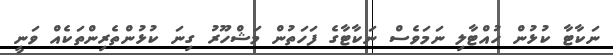
ނަކާޓާ ކުޅުން ހުއްޓާލި ނަމަވެސް ނަކާޓާގެ ފަހަތުން މަޝްހޫރު ގިނަ ކުޅުންތެރިންތަކެއް ވަނީ